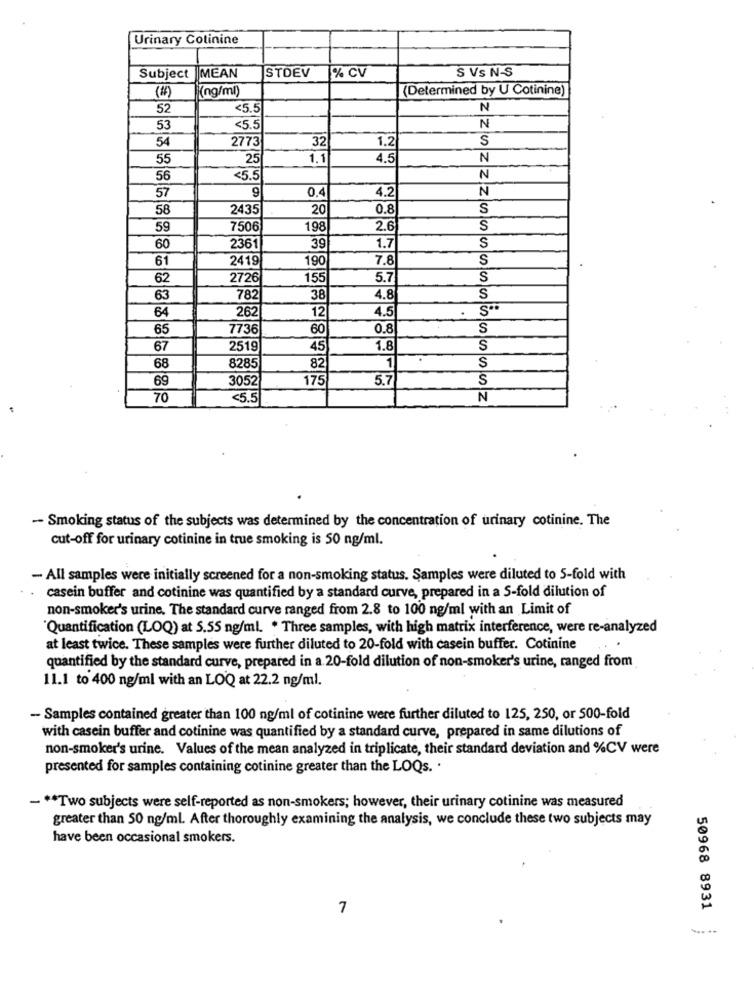
Urinary Cotinine
STDEV
% CV
S VS N-S
Subject
MEAN
(ng/ml)
(Determined by U Cotinine)
52
<5.5
N
53
<5.5
N
54
2773
32
1.2
S
55
25
1.1
4.5
N
56
<5.5
N
0.4
4.2
N
57
58
2435
20
0.8
S
59
7506
198
2.6
S
1.7
S
60
2361
39
61
2419
190
7.8
S
62
2726
155
5.7
S
63
782
38
4.8
S
64
262
4.5
12
65
7736
60
0.8
S
67
2519
45
1.8
S
1
68
8285
82
S
69
3052
175
5.7
S
70
<5.5
N
-- Smoking status of the subjects was determined by the concentration of urinary cotinine. The
cut-off for urinary cotinine in true smoking is 50 ng/ml.
- All samples were initially screened for a non-smoking status. Samples were diluted to 5-fold with
casein buffer and cotinine was quantified by a standard curve, prepared in a S-fold dilution of
non-smoker's urine. The standard curve ranged from 2.8 to 100 ng/ml with an Limit of
"Quantification (LOQ) at 5.55 ng/ml. * Three samples, with high matrix interference, were re-analyzed
at least twice. These samples were further diluted to 20-fold with casein buffer. Cotinine
quantified by the standard curve, prepared in a.20-fold dilution of non-smoker's urine, ranged from
11.1 to 400 ng/ml with an LOQ at 22.2 ng/ml.
- Samples contained greater than 100 ng/ml of cotinine were further diluted to 125, 250, or 500-fold
with casein buffer and cotinine was quantified by a standard curve, prepared in same dilutions of
non-smoker's urine. Values of the mean analyzed in triplicate, their standard deviation and %CV were
presented for samples containing cotinine greater than the LOQs. .
- ** Two subjects were self-reported as non-smokers; however, their urinary cotinine was measured
greater than 50 ng/ml. After thoroughly examining the analysis, we conclude these two subjects may
have been occasional smokers.
7
50968 8931